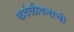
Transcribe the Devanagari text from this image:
कर्दळीवनाची